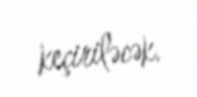
keçiriləcək.